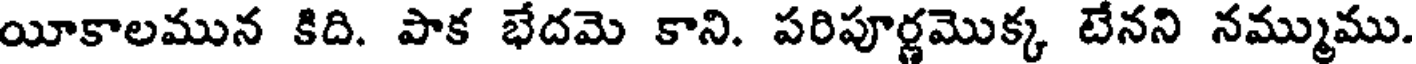
యీకాలమున కిది. పాక భేదమె కాని. పరిపూర్ణమొక్క టేనని నమ్ముము.